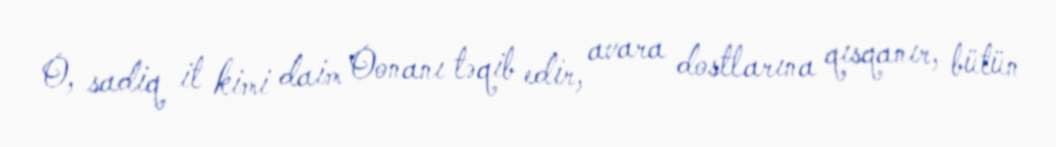
O, sadiq it kimi daim Oonanı təqib edir, avara dostlarına qısqanır, bütün